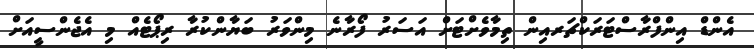
އެންޑް އިންފްރާސްޓަރަކްޗަރއިން ތިމާވެށްޓަށް އަސަރު ފޯރާނެ މިންވަރު ބަޔާންކުރާ ރިޕޯޓެއް މި އެޖެންސީއަށް